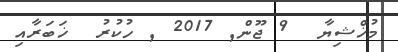
މުޚްޝިޔާ  9 ޖޫން